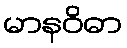
မာနဝိဓာ